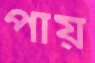
পায়